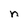
Character: n